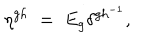
\eta ^ { g h } \; = \; E _ { g } \delta ^ { g h ^ { - 1 } } ,